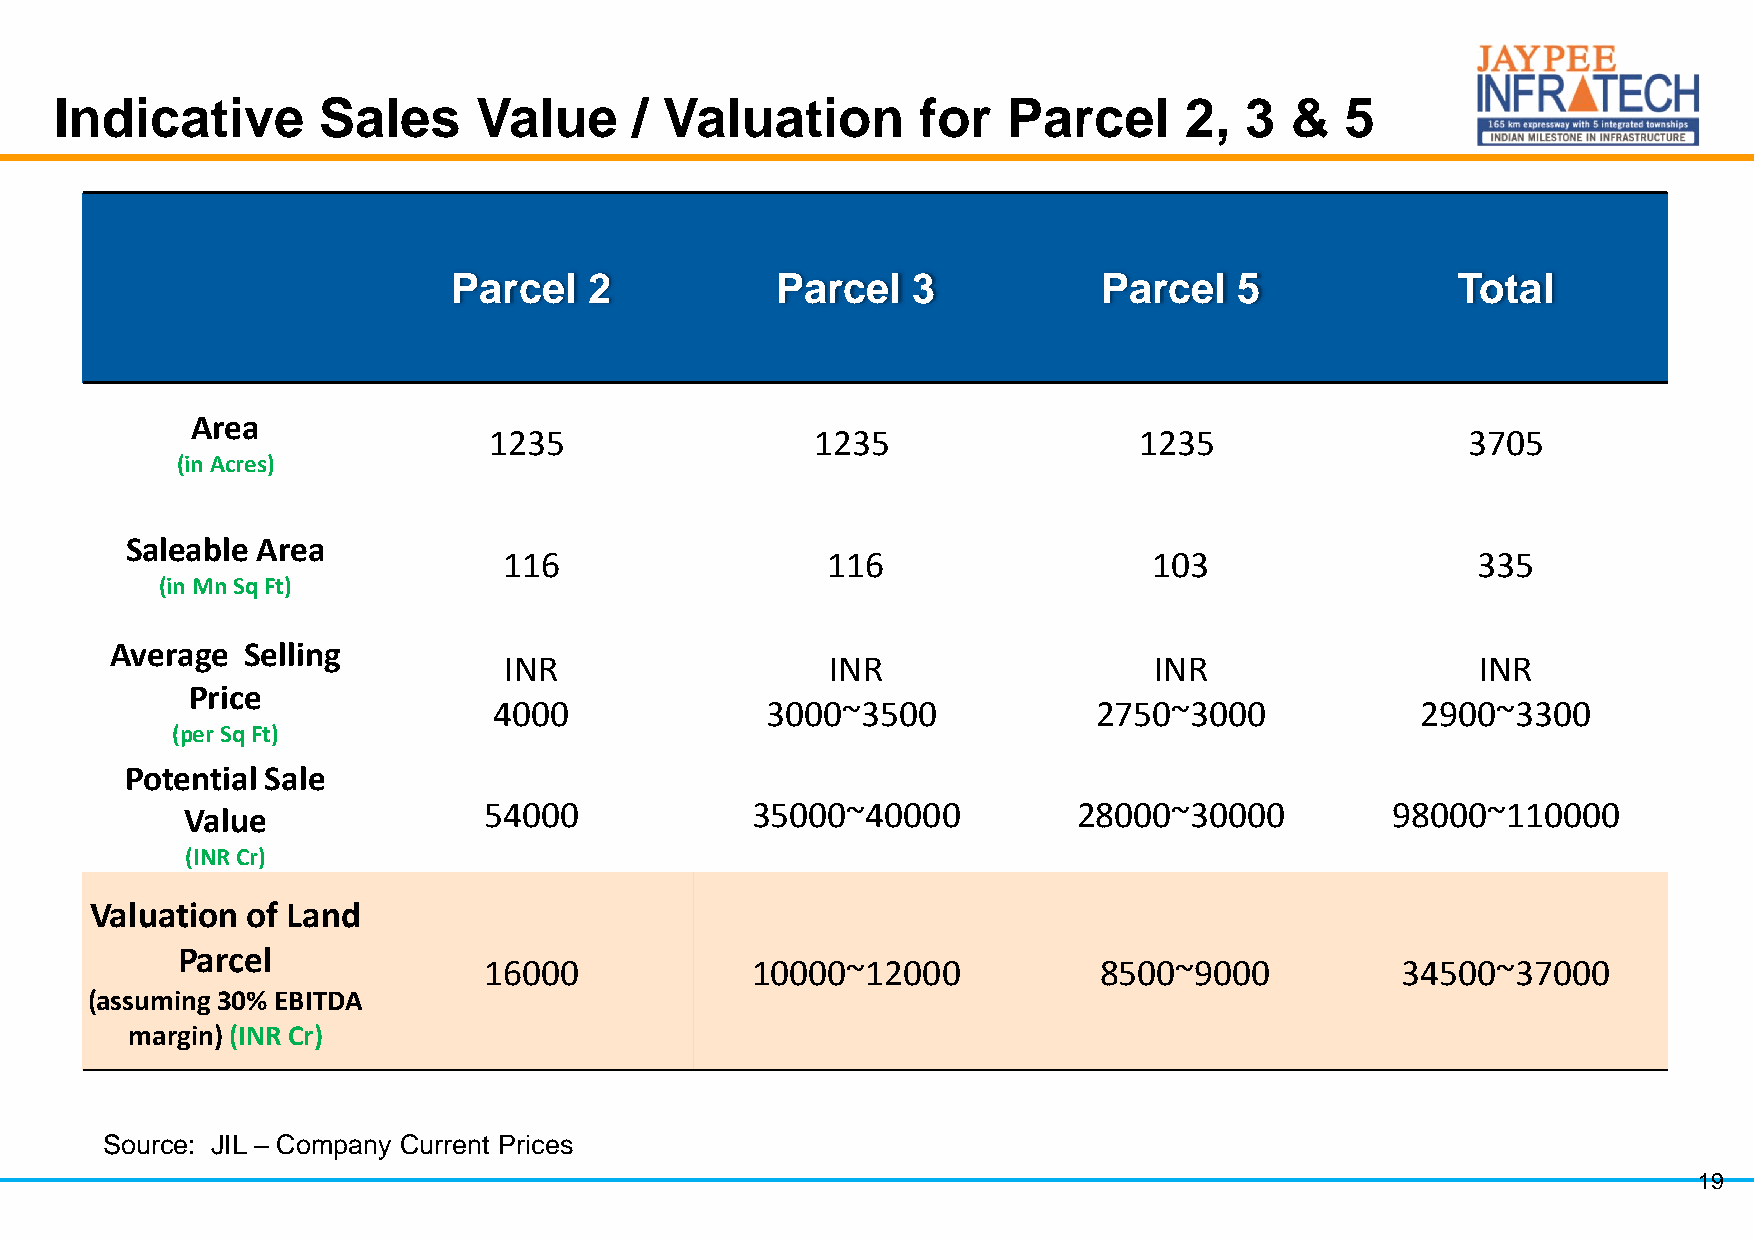
Indicative       Sales      Value     / Valuation        for   Parcel     2,  3  &   5
 Parcel   2           Parcel   3            Parcel   5             Total
 Area
 1235                  1235                 1235                  3705
 (in Acres)
 Saleable Area
 116                   116                  103                   335
 (in Mn Sq Ft)
 Average  Selling
 INR                   INR                  INR                   INR
 Price
 4000              3000~3500             2750~3000            2900~3300
 (per Sq Ft)
 Potential Sale
 54000             35000~40000          28000~30000          98000~110000
 Value
 (INR Cr)
 Valuation of Land
 Parcel
 16000             10000~12000            8500~9000           34500~37000
 (assuming 30% EBITDA
 margin) (INR Cr)
 Source: JIL – Company Current Prices
 19